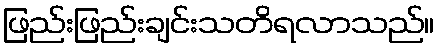
ဖြည်းဖြည်းချင်းသတိရလာသည်။